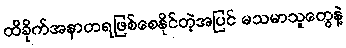
ထိခိုက်အနာတရဖြစ်စေနိုင်တဲ့အပြင် မသမာသူတွေနဲ့